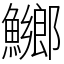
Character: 鱜